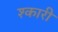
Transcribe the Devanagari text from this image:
श्कारी